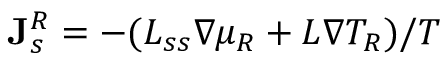
{ \bf J } _ { s } ^ { R } = - ( L _ { s s } \nabla \mu _ { R } + L \nabla T _ { R } ) / T